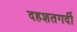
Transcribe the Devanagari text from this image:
दहशतगर्दी